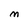
Character: M